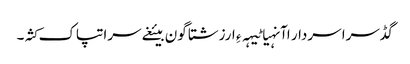
گڈسرا سردار اآنہیا ٹیہہ ءِ ارزشتا گون بیئغے سرا تپاک کثہ۔